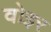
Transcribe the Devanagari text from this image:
वोइर